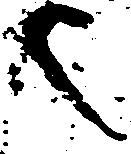
也